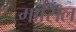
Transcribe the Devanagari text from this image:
मार्सिल